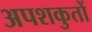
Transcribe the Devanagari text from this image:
अपशकुतों